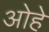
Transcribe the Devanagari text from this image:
ओहे